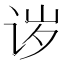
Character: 𬣪